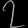
Digit: ၇